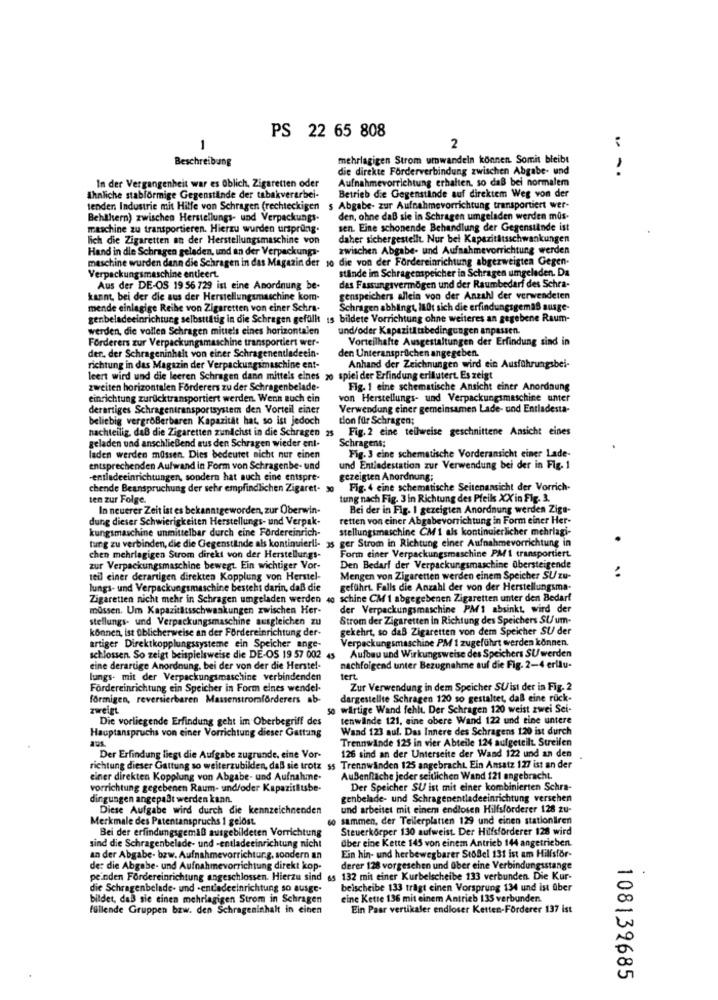
PS 22 65 808
1
2
..
Beschreibung
mehrlagigen Strom umwandeln können. Somit bleibt
die direkte Förderverbindung zwischen Abgabe- und
Aufnahmevorrichtung erhalten, so daß bei normalem
In der Vergangenheit war es Oblich, Zigaretten oder
ähnliche stabförmige Gegenstände der tabakverarbei-
Betrieb die Gegenstände auf direktem Weg von der
tenden Industrie mit Hilfe von Schragen (rechteckigen
$ Abgabe- zur Aufnahmevorrichtung transportiert wer-
Behältern) zwischen Herstellungs- und Verpackungs-
den, ohne daß sie in Schragen umgeladen werden müs-
maschine zu transportieren. Hierzu wurden ursprung.
sen. Eine schonende Behandlung der Gegenstände ist
lich die Zigaretten an der Herstellungsmaschine von
daher sichergestellt. Nur bei Kapazitätsschwankungen
Hand in die Schragen geladen, und an der Verpackungs.
zwischen Abgabe- und Aufnahmevorrichtung werden
maschine wurden denn die Schragen in das Magazin der
10 die von der Fordereinrichtung abgezweigten Gegen-
stande im Schragemspeicher in Schragen umgeleden. Da
Verpackungsmaschine entleert.
das Fassungsvermögen und der Raumbedarf des Schra-
Aus der DE-OS 19 56 729 ist eine Anordnung be-
kannt, bei der die aus der Herstellungsmaschine kom-
genspeichers allein von der Anzahl der verwendeten
mende einlagige Reihe von Zigaretten von einer Schra-
Schragen abhilngt, la0t sich die erfindungsgemas ausge-
genbeladeeinrichtung selbsttätig in die Schragen gefüllt is bildete Vorrichtung ohne weiteres an gegebene Raum-
werden, die vollen Schragen mittels eines horizontalen
und/oder Kapazitätsbedingungen anpassen.
Forderers zur Verpackungsmaschine transportiert wer-
Vorteilhafte Ausgestaltungen der Erfindung sind in
der, der Schrageninhalt von einer Schragenentladeein-
den Unteransprüchen angegeben.
richtung in das Magazin der Verpackungsmaschine ent-
Anhand der Zeichnungen wird ein Ausführungsbei-
leert wird und die leeren Schragen dann mittels eines 20 spiel der Erfindung erläutert. Es zeigt
zweiten horizontalen Forderers zu der Schragenbelade.
Fig. 1 eine schematische Ansicht einer Anordnung
einrichtung zurücktransportiert werden. Wenn auch ein
von Herstellungs- und Verpackungsmaschine unter
derartiges Schragentransportsystem den Vorteil einer
Verwendung einer gemeinsamen Lade- und Entladesta-
beliebig vergrößerbaren Kapazität hat, so ist jedoch
tion für Schragen;
nachteilig, daß die Zigaretten zundchst in die Schragen 2s Fig. 2 eine teilweise geschnittene Ansicht eines
Schragens;
geladen und anschließend aus den Schragen wieder ent-
Fig. 3 eine schematische Vorderansicht einer Lade-
laden werden müssen. Dies bedeutet nicht nur einen
entsprechenden Aufwand in Form von Schragenbe- und
und Entladestation zur Verwendung bei der in Fig. 1
-entladeeinrichtungen, sondern hat auch eine entspre-
gezeigten Anordnung;
chende Beanspruchung der sehr empfindlichen Zigaret- 30 Fig. 4 eine schematische Seitenansicht der Vorrich-
ten zur Folge.
tung nach Fig. 3 in Richtung des Pfeils XX in Fig. 3.
In neuerer Zeit ist es bekanntgeworden, zur Überwin-
Bei der in Fig. 1 gezeigten Anordnung werden Zige-
dung dieser Schwierigkeiten Herstellungs- und Verpak-
retten von einer Abgabevorrichtung In Form einer Her-
kungsmaschine unmittelbar durch eine Fordereinrich-
stellungsmaschine CM 1 als kontinuierlicher mehrlagi-
tung zu verbinden, die die Gegenstände als kontinuierli- 35 ger Strom in Richtung einer Aufnahmevorrichtung in
chen mehrlagigen Strom direkt von der Herstellungs-
Form einer Verpackungsmaschine PM 1 transportiert.
zur Verpackungsmaschine bewegt. Ein wichtiger Vor-
Den Bedarf der Verpackungsmaschine übersteigende
teil einer derartigen direkten Kopplung von Herstel-
Mengen von Zigaretten werden einem Speicher SU zu-
..
lungs- und Verpackungsmaschine besteht darin, daß die
geführt. Falls die Anzahl der von der Herstellungsma-
Zigaretten nicht mehr in Schragen umgeladen werden
4 schine CM 1 abgegebenen Zigaretten unter den Bedarf
müssen. Um Kapazitätsschwankungen zwischen Her-
der Verpackungsmaschine PM1 absinkt, wird der
stellungs- und Verpackungsmaschine ausgleichen zu
Strom der Zigaretten in Richtung des Speichers SU um-
können, ist üblicherweise an der Fördereinrichtung der-
gekehrt, so daß Zigaretten von dem Speicher SU der
Verpackungsmaschine PM 1 zugeführt werden können.
artiger Direktkopplungssysteme ein Speicher ange-
schlossen. So zeigt beispielsweise die DE-OS 19 57 002
45
Aufbau und Wirkungsweise des Speichers SUwerden
eine derartige Anordnung, bei der von der die Herstel-
nachfolgend unter Bezugnahme auf die Fig. 2-4 erllu-
lungs- mit der Verpackungsmaschine verbindenden
tert
Fordereinrichtung ein Speicher in Form eines wendel.
Zur Verwendung in dem Speicher SUist der in Fig. 2
förmigen, reversierbaren Massenstromförderers ab-
dargestellte Schragen 120 so gestaltet, daß eine ruck-
zweigt
so wirtige Wand fehlt. Der Schragen 120 weist zwei Sei-
Die vorliegende Erfindung geht im Oberbegriff des
tenwände 121, sine obere Wand 122 und eine untere
Wand 123 auf. Das Innere des Schragens 120 ist durch
Hauptanspruchs von einer Vorrichtung dieser Gattung
Trennwände 125 in vier Abteile 124 aufgeteilt. Streifen
Der Erfindung liegt die Aufgabe zugrunde, eine Vor-
126 sind an der Unterseite der Wand 122 und an den
richtung dieser Gattung so weiterzubilden, daß sie trotz ss Trennwanden 125 angebracht Ein Ansatz 127 ist an der
einer direkten Kopplung von Abgabe- und Aufnahme.
AuBenflache jeder seitlichen Wand 121 angebracht.
vorrichtung gegebenen Raum- undfoder Kapazitätsbe-
Der Speicher SU ist mit einer kombinierten Schra-
dingungen angepaßt werden kann.
genbelade- und Schragenentladeeinrichtung verschen
Diese Aufgabe wird durch die kennzeichnenden
und arbeitet mit einem endlosen Hilfsförderer 128 zu-
Merkmale des Patentanspruchs 1 gelöst.
60 sammen, der Tellerplatten 129 und einen stationären
Bei der erfindungsgemäß ausgebildeten Vorrichtung
Steuerkörper 130 aufweist. Der Hilfsförderer 128 wird
über eine Kette 145 von einem Antrieb 144 angetrieben.
sind die Schragenbelade- und -entladeeinrichtung nicht
an der Abgabe- bzw. Aufnahmevorrichtung, sondern an
Ein hin- und herbewegbarer StoBel 131 ist am Hilfsför-
de: die Abgabe- und Aufnahmevorrichtung direkt kop-
derer 128 vorgesehen und über eine Verbindungsstange
peinden Fordereinrichtung angeschlossen. Hierzu sind es 132 mit einer Kurbelscheibe 133 verbunden Die Kur-
die Schragenbelade- und -entladeeinrichtung so ausge-
beischeibe 133 trägt einen Vorsprung 134 und ist über
bildet, daß sie einen mehrlagigen Strom in Schragen
eine Kette 136 mit einem Antrieb 135 verbunden.
füllende Gruppen bzw. den Schrageninhalt in einen
Ein Paar vertikaler endloser Ketten-Förderer 137 ist
108139685